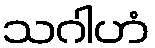
သဂါဟံ